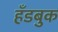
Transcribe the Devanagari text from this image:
हँडबुक